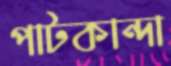
পাটকান্দা